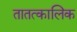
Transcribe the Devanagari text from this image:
तातत्कालिक